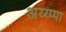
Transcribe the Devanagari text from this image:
अय्य्प्पा